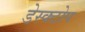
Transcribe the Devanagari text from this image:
डेस्क्टोप